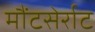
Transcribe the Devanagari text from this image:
मौंटसेर्राट